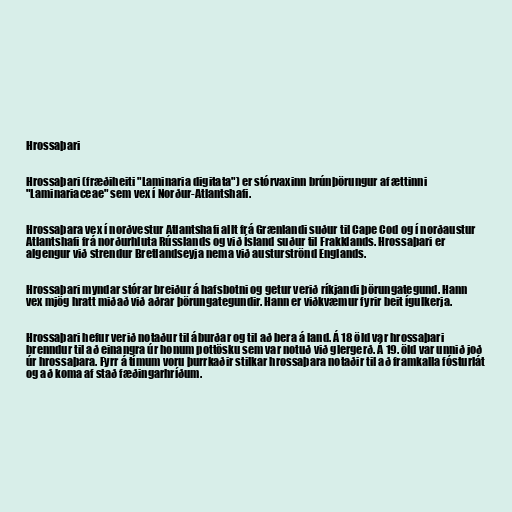
Hrossaþari

Hrossaþari (fræðiheiti "Laminaria digitata") er stórvaxinn brúnþörungur af ættinni
"Laminariaceae" sem vex í Norður-Atlantshafi.

Hrossaþara vex í norðvestur Atlantshafi allt frá Grænlandi suður til Cape Cod og í norðaustur
Atlantshafi frá norðurhluta Rússlands og við Ísland suður til Frakklands. Hrossaþari er
algengur við strendur Bretlandseyja nema við austurströnd Englands.

Hrossaþari myndar stórar breiður á hafsbotni og getur verið ríkjandi þörungategund. Hann
vex mjög hratt miðað við aðrar þörungategundir. Hann er viðkvæmur fyrir beit ígulkerja.

Hrossaþari hefur verið notaður til áburðar og til að bera á land. Á 18 öld var hrossaþari
brenndur til að einangra úr honum pottösku sem var notuð við glergerð. Á 19. öld var unnið joð
úr hrossaþara. Fyrr á tímum voru þurrkaðir stilkar hrossaþara notaðir til að framkalla fósturlát
og að koma af stað fæðingarhríðum.